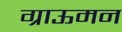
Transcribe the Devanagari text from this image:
ग्राऊमन